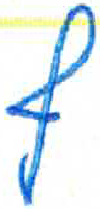
אות: ף